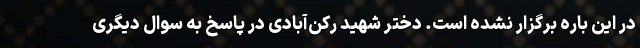
در این باره برگزار نشده است. دختر شهید رکن‌آبادی در پاسخ به سوال دیگری